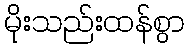
မိုးသည်းထန်စွာ